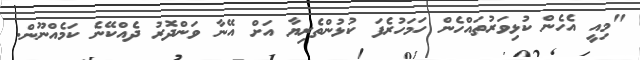
"މިއީ އެހެން ކުޅިވަރުތައްހެން ހަމަހުރެފަ ކުޅުންތެރިޔާ އަށް އޭނާ ވަންދޮރު ދެއްކޭނެ ކަމެއްނޫން.